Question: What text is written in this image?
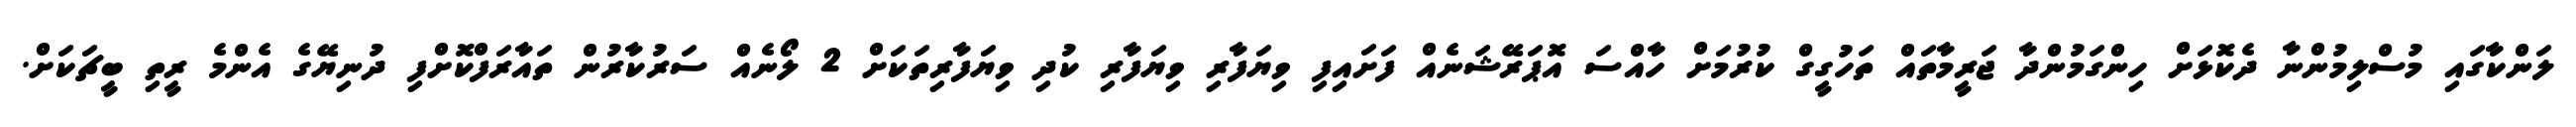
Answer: ލަންކާގައި މުސްލިމުންނާ ދެކޮޅަށް ހިންގަމުންދާ ޖަރީމާތައް ތަހުގީގް ކުރުމަށް ހާއްސަ އޮޕަރޭޝަނެއް ފަށައިފި ވިޔަފާރި ވިޔަފާރި ކުދި ވިޔަފާރިތަކަށް 2 ލޯނެއް ސަރުކާރުން ތައާރަފްކޮށްފި ދުނިޔޭގެ އެންމެ ރީތި ބީޗަކަށް.